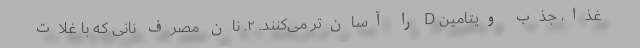
غذا، جذب ویتامین D را آسان‌تر می‌کنند. ۲. نان مصرف نانی که با غلات